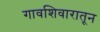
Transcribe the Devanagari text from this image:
गावशिवारातून